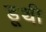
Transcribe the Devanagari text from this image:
डूथी